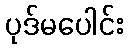
ပုဒ်မပေါင်း